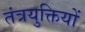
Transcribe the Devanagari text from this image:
तंत्रयुक्तियों